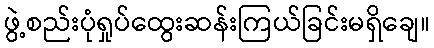
ဖွဲ့စည်းပုံရှုပ်ထွေးဆန်းကြယ်ခြင်းမရှိချေ။